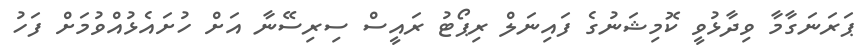
ޕަރަނަގާމާ ވިދާޅުވީ ކޮމިޝަނުގެ ފައިނަލް ރިޕޯޓު ރައީސް ސިރިސޭނާ އަށް ހުށައެޅުއްވުމަށް ފަހު